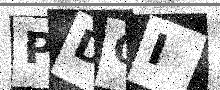
Text: PDOI